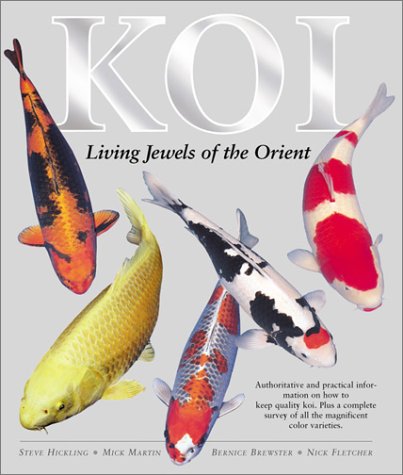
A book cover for Koi: Living Jewels of the Orient; Steve Hickling; Crafts, Hobbies & Home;